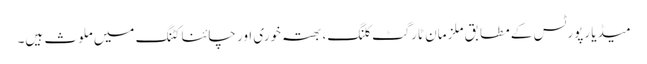
میڈیا رپورٹس کے مطابق ملزمان ٹارگٹ کلنگ، بھتہ خوری اور چائنا کٹنگ میں ملوث ہیں۔